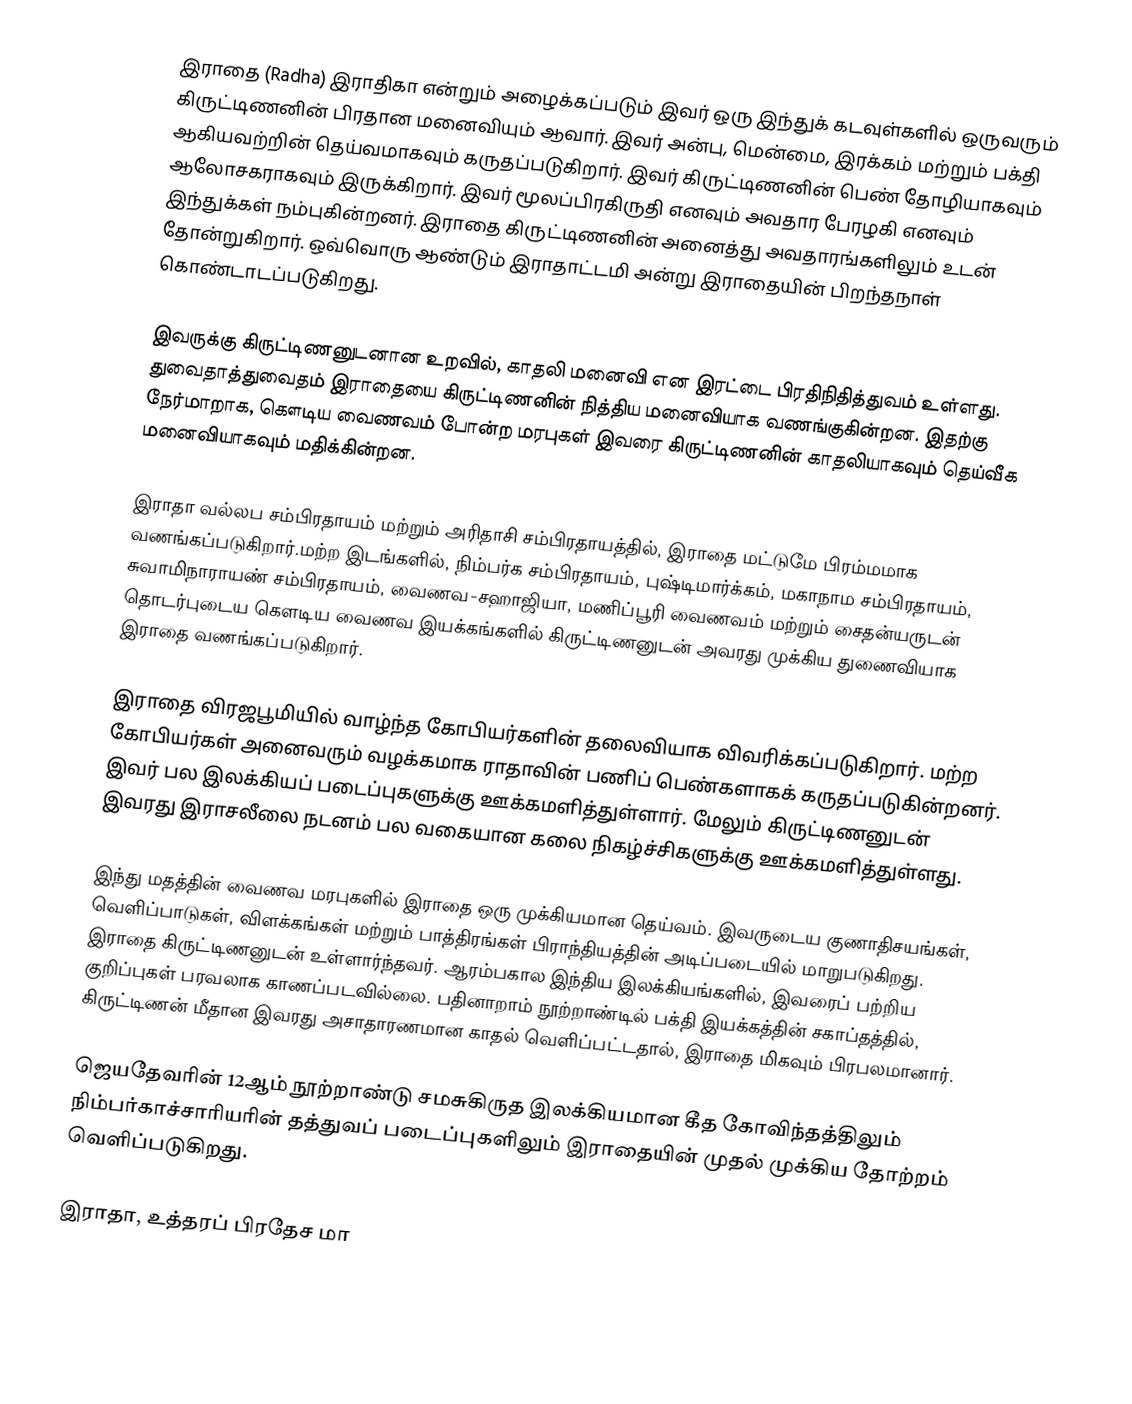
இராதை (Radha) இராதிகா என்றும் அழைக்கப்படும் இவர் ஒரு இந்துக் கடவுள்களில் ஒருவரும் கிருட்டிணனின் பிரதான மனைவியும் ஆவார். இவர் அன்பு, மென்மை, இரக்கம் மற்றும் பக்தி ஆகியவற்றின் தெய்வமாகவும் கருதப்படுகிறார். இவர் கிருட்டிணனின் பெண் தோழியாகவும் ஆலோசகராகவும் இருக்கிறார். இவர் மூலப்பிரகிருதி எனவும் அவதார பேரழகி எனவும் இந்துக்கள் நம்புகின்றனர். இராதை கிருட்டிணனின் அனைத்து அவதாரங்களிலும் உடன் தோன்றுகிறார். ஒவ்வொரு ஆண்டும் இராதாட்டமி அன்று இராதையின் பிறந்தநாள் கொண்டாடப்படுகிறது.

இவருக்கு கிருட்டிணனுடனான உறவில், காதலி மனைவி என இரட்டை பிரதிநிதித்துவம் உள்ளது. துவைதாத்துவைதம் இராதையை கிருட்டிணனின் நித்திய மனைவியாக வணங்குகின்றன. இதற்கு நேர்மாறாக, கௌடிய வைணவம் போன்ற மரபுகள் இவரை கிருட்டிணனின் காதலியாகவும் தெய்வீக மனைவியாகவும் மதிக்கின்றன.

இராதா வல்லப சம்பிரதாயம் மற்றும் அரிதாசி சம்பிரதாயத்தில், இராதை மட்டுமே பிரம்மமாக வணங்கப்படுகிறார்.மற்ற இடங்களில், நிம்பர்க சம்பிரதாயம், புஷ்டிமார்க்கம், மகாநாம சம்பிரதாயம், சுவாமிநாராயண் சம்பிரதாயம், வைணவ-சஹாஜியா, மணிப்பூரி வைணவம் மற்றும் சைதன்யருடன் தொடர்புடைய கௌடிய வைணவ இயக்கங்களில் கிருட்டிணனுடன் அவரது முக்கிய துணைவியாக இராதை வணங்கப்படுகிறார்.

இராதை விரஜபூமியில் வாழ்ந்த கோபியர்களின் தலைவியாக விவரிக்கப்படுகிறார். மற்ற கோபியர்கள் அனைவரும் வழக்கமாக ராதாவின் பணிப் பெண்களாகக் கருதப்படுகின்றனர். இவர் பல இலக்கியப் படைப்புகளுக்கு ஊக்கமளித்துள்ளார். மேலும் கிருட்டிணனுடன் இவரது இராசலீலை நடனம் பல வகையான கலை நிகழ்ச்சிகளுக்கு ஊக்கமளித்துள்ளது.

இந்து மதத்தின் வைணவ மரபுகளில் இராதை ஒரு முக்கியமான தெய்வம். இவருடைய குணாதிசயங்கள், வெளிப்பாடுகள், விளக்கங்கள் மற்றும் பாத்திரங்கள் பிராந்தியத்தின் அடிப்படையில் மாறுபடுகிறது. இராதை கிருட்டிணனுடன் உள்ளார்ந்தவர். ஆரம்பகால இந்திய இலக்கியங்களில், இவரைப் பற்றிய குறிப்புகள் பரவலாக காணப்படவில்லை.  பதினாறாம் நூற்றாண்டில் பக்தி இயக்கத்தின் சகாப்தத்தில், கிருட்டிணன் மீதான இவரது அசாதாரணமான காதல் வெளிப்பட்டதால், இராதை மிகவும் பிரபலமானார்.

ஜெயதேவரின் 12ஆம் நூற்றாண்டு சமசுகிருத இலக்கியமான கீத கோவிந்தத்திலும் நிம்பர்காச்சாரியரின் தத்துவப் படைப்புகளிலும் இராதையின் முதல் முக்கிய தோற்றம் வெளிப்படுகிறது.

இராதா, உத்தரப் பிரதேச மா